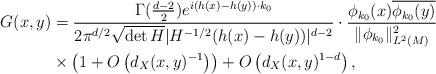
LaTeX: \begin{align*}G(x,y)&=\frac{\Gamma(\frac{d-2}{2})e^{i(h(x)-h(y))\cdot k_0}}{2\pi^{d/2}\sqrt{\det H}|H^{-1/2}(h(x)-h(y))|^{d-2}}\cdot \frac{\phi_{k_0}(x)\overline{\phi_{k_0}(y)}}{\|\phi_{k_0}\|_{L^2(M)}^2}\\& \times \left(1+O\left(d_X(x,y)^{-1}\right)\right)+O\left(d_{X}(x,y)^{1-d}\right),\end{align*}